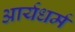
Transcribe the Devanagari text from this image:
आर्यधर्म